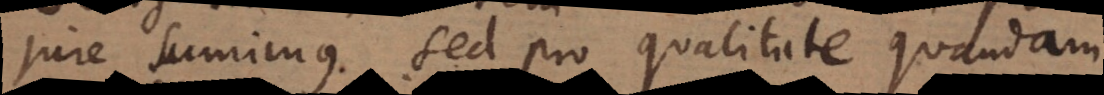
jure sumimus, sed pro qualitate quandam